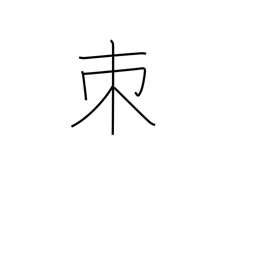
Meaning: thorn